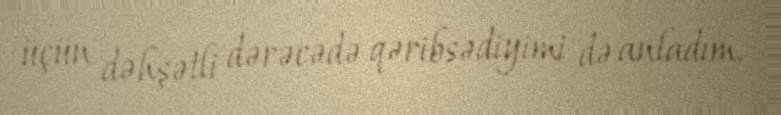
üçün dəhşətli dərəcədə qəribsədiyimi də anladım.